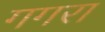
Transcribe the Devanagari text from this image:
गगरा